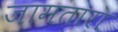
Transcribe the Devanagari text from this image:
जामतारा